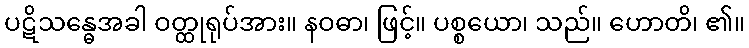
ပဋိသန္ဓေအခါ ဝတ္ထုရုပ်အား။ နဝဓာ၊ ဖြင့်။ ပစ္စယော၊ သည်။ ဟောတိ၊ ၏။